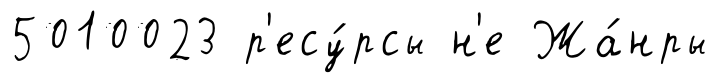
5010023 р'есу́рсы н'е Жа́нры